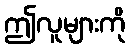
ဤလူများကို